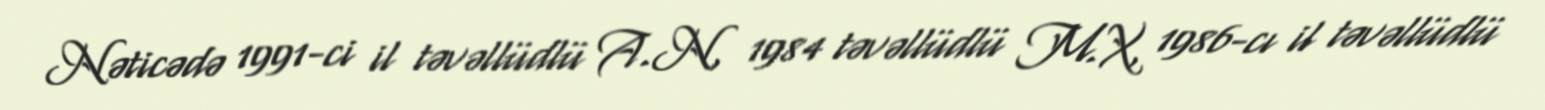
Nəticədə 1991-ci il təvəllüdlü A.N, 1984 təvəllüdlü M.X, 1986-cı il təvəllüdlü